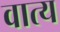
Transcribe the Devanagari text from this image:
वात्य